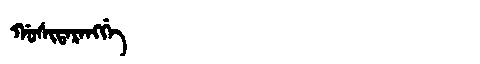
Manchu: ᡤᠣᠰᡳᡨᠠᡵᠠᠩᡤᡝ
Romanization: GOSITARANGGE